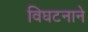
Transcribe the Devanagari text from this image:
विघटनाने